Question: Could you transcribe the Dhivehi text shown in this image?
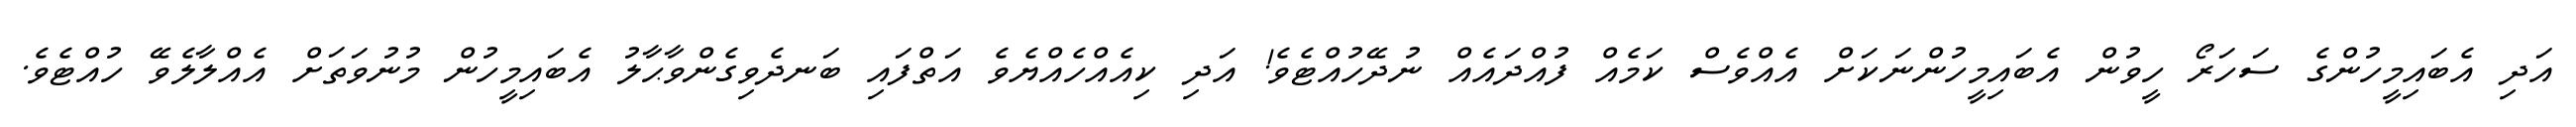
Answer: އަދި އެބައިމީހުންގެ ސަހަރޯ ހީވުން އެބައިމީހުންނަކަށް އެއްވެސް ކަމެއް ފުއްދައެއް ނުދޭހުއްޓެވެ! އަދި ކިއެއްހެއްޔެވެ އަތްފައި ބަނދެވިގެންވާޙާލު އެބައިމީހުން މުނުވަތަށް އެއްލާލެވޭ ހުއްޓެވެ.